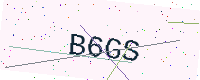
Text: B6GS